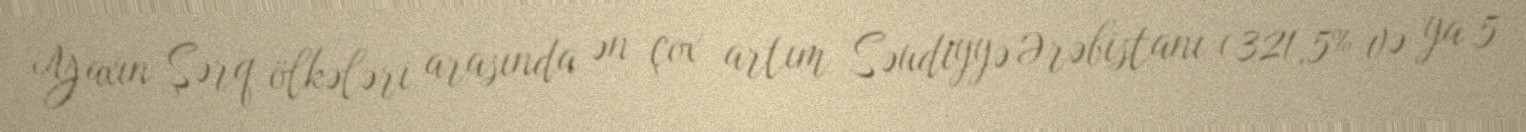
Yaxın Şərq ölkələri arasında ən çox artım Səudiyyə Ərəbistanı (321,5% və ya 5